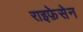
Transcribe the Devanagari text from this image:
राइफ़ेसेन